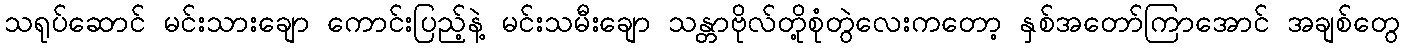
သရုပ်ဆောင် မင်းသားချော ကောင်းပြည့်နဲ့ မင်းသမီးချော သန္တာဗိုလ်တို့စုံတွဲလေးကတော့ နှစ်အတော်ကြာအောင် အချစ်တွေ